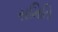
સમિતિ